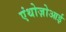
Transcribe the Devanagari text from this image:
एंथोज़ोआई